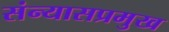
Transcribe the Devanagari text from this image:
संन्यासप्रमुख